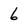
Character: 6